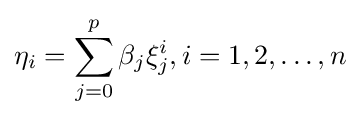
\eta _{i}=\sum _{j=0}^{p}\beta _{j}\xi _{j}^{i},i=1,2,\ldots ,n